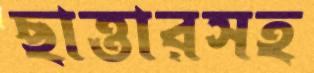
ছাত্তারসহ